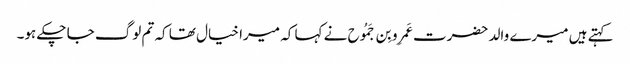
کہتے ہیں میرے والد حضرت عَمرِو بِن جَمُوح نے کہا کہ میرا خیال تھا کہ تم لوگ جا چکے ہو۔